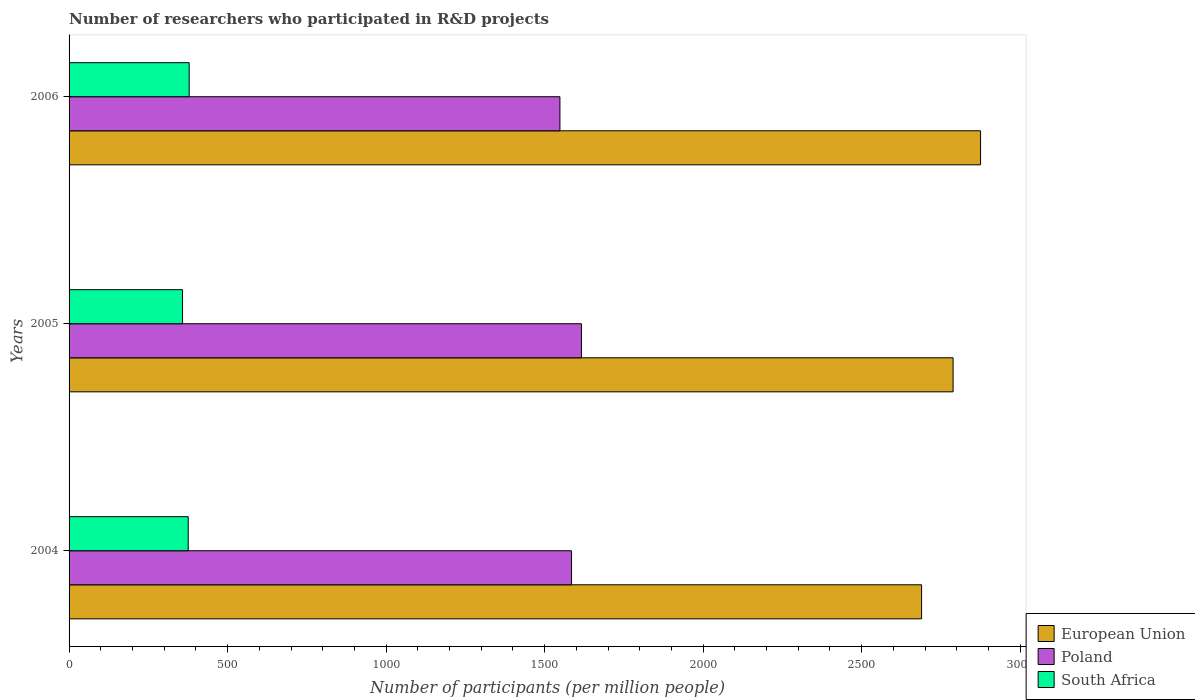
| Years | European Union | Poland | South Africa |
 | --- | --- | --- | --- |
 | 2004 | 2.69e+03 | 1.58e+03 | 376 |
 | 2005 | 2.79e+03 | 1.62e+03 | 358 |
 | 2006 | 2.87e+03 | 1.55e+03 | 379 |